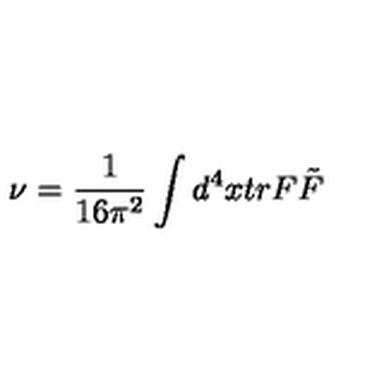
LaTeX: \nu = \frac { 1 } { 1 6 \pi ^ { 2 } } \int d ^ { 4 } x t r F \tilde { F }